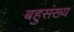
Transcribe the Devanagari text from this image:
बहुसंख्‍य